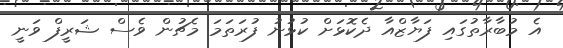
އެ މުބާރާތުގައި ފަޔާޒްއާ ދެކޮޅަށް ކުޅުނު ފުރަތަމަ މެޗުން ވެސް ޝަރީފް ވަނީ